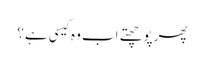
پھر پوچھتے اب وہ کیسی ہے؟